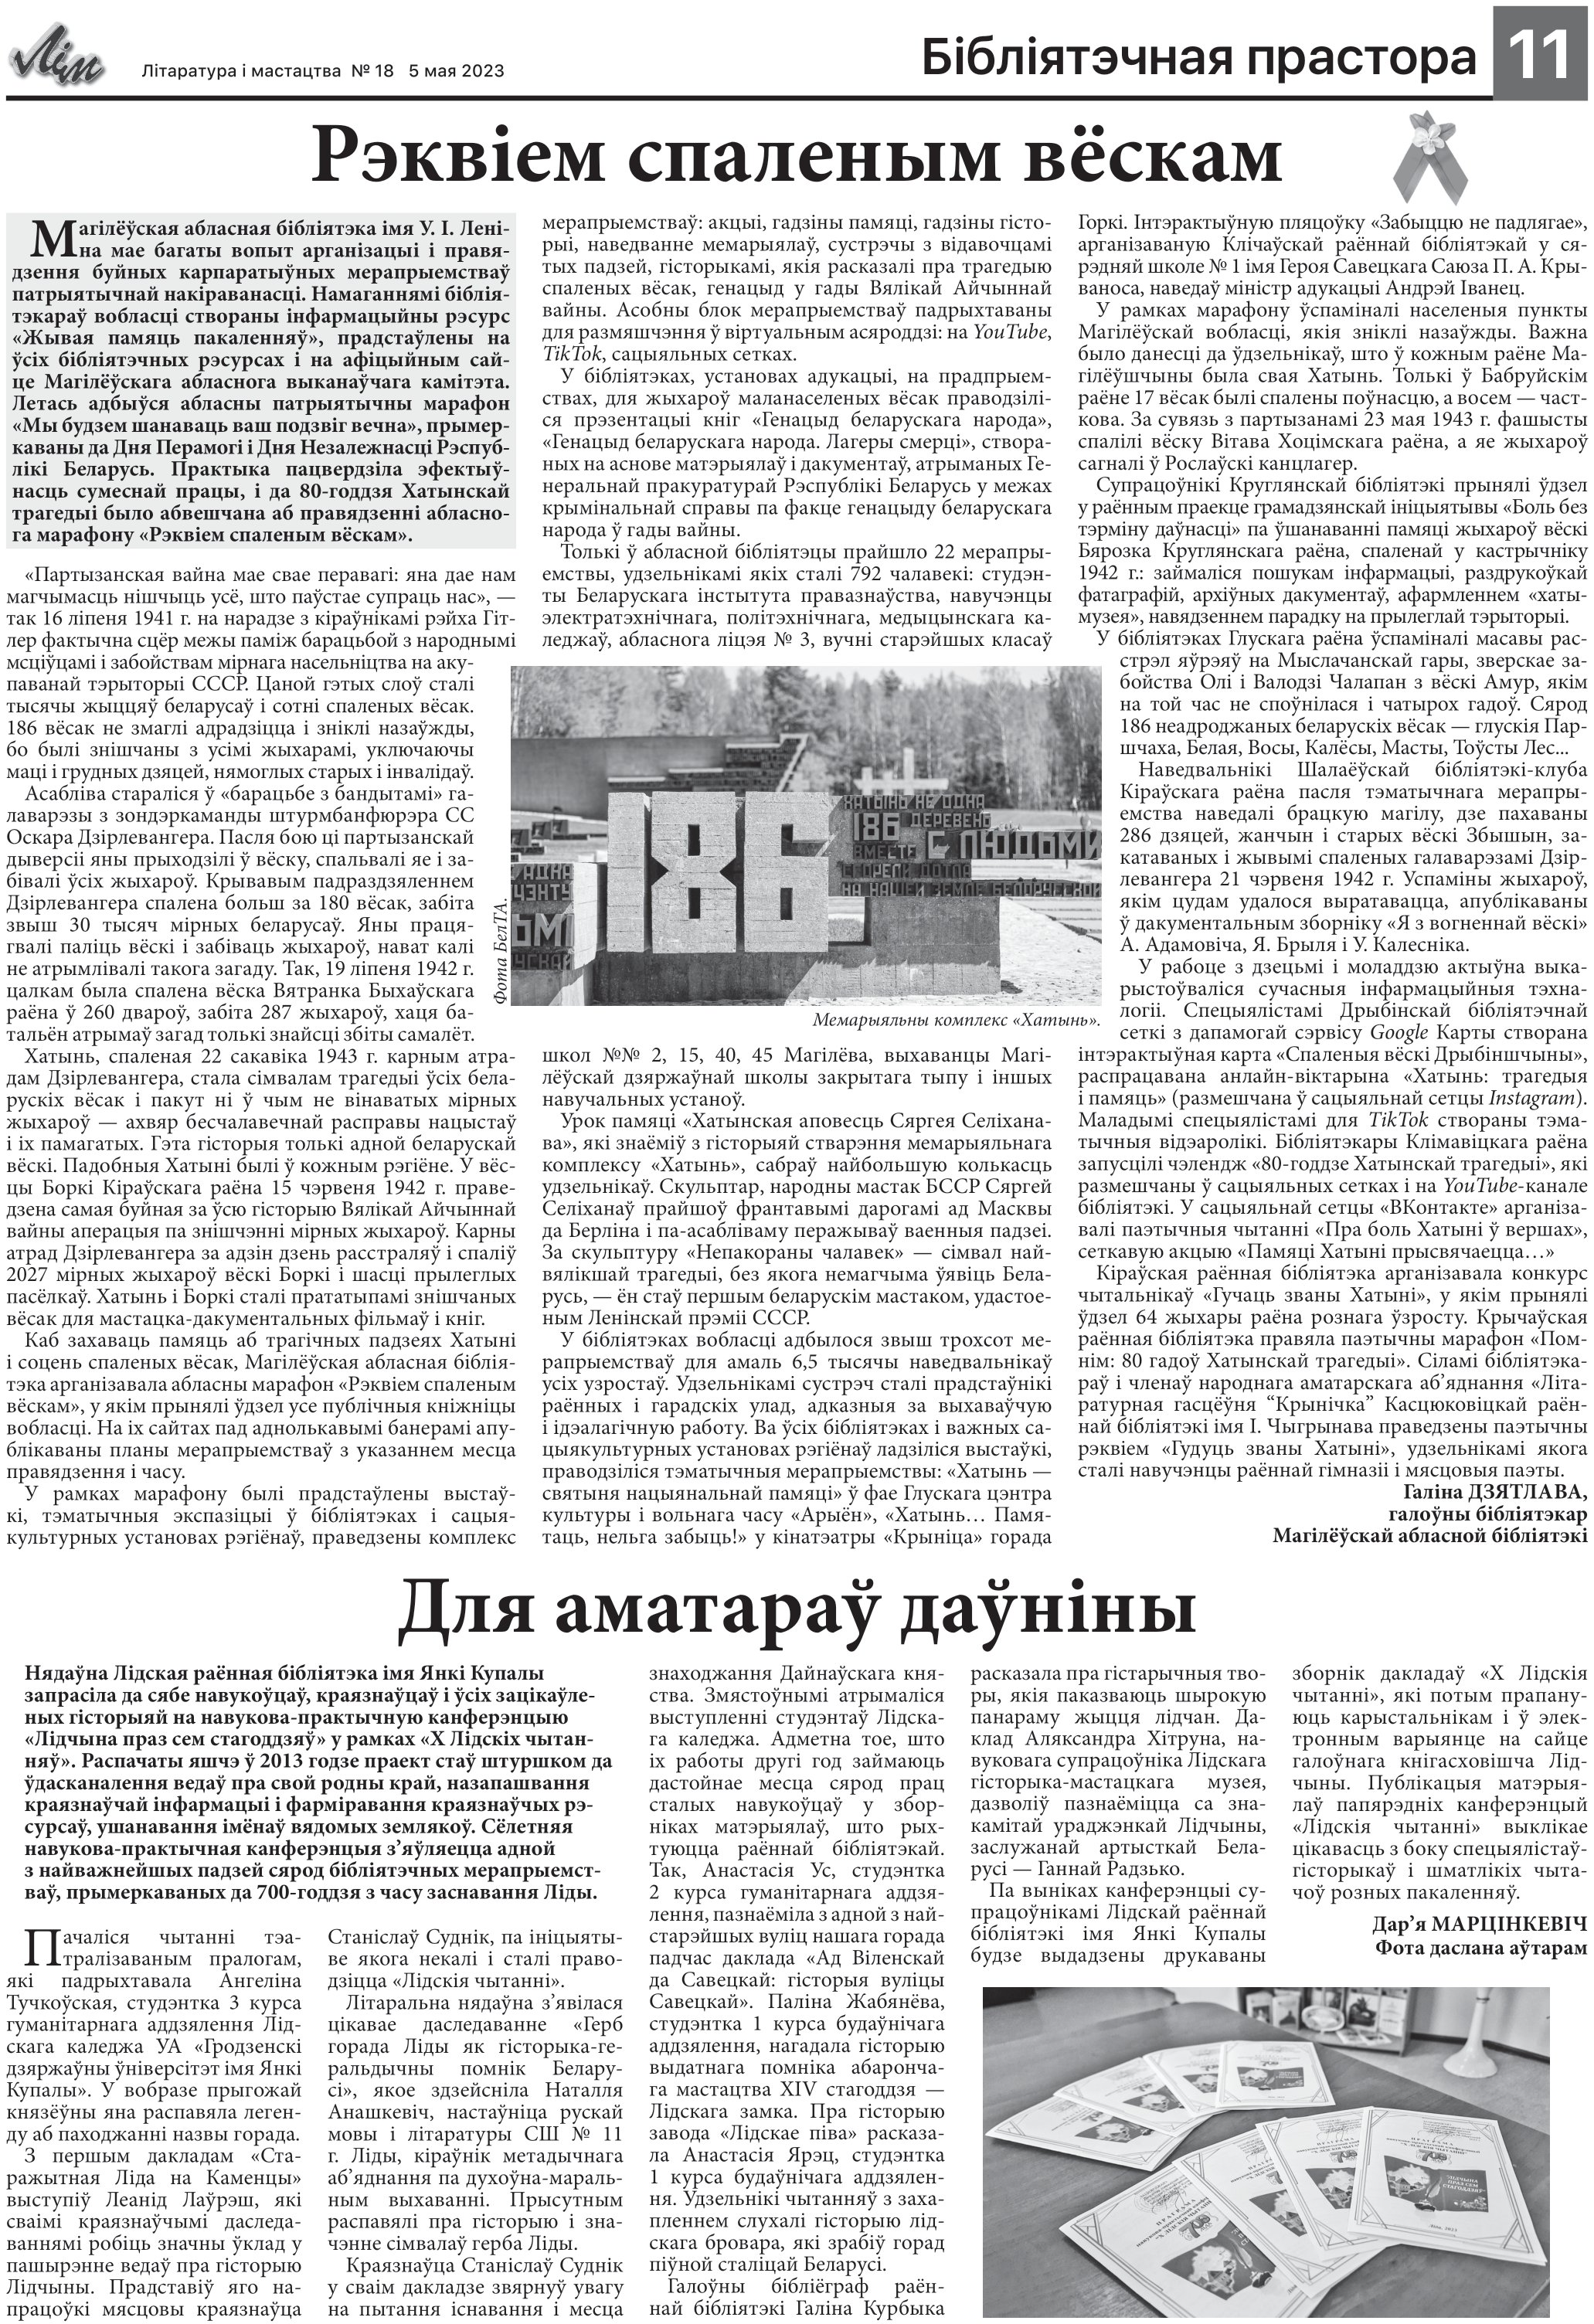
Language: be